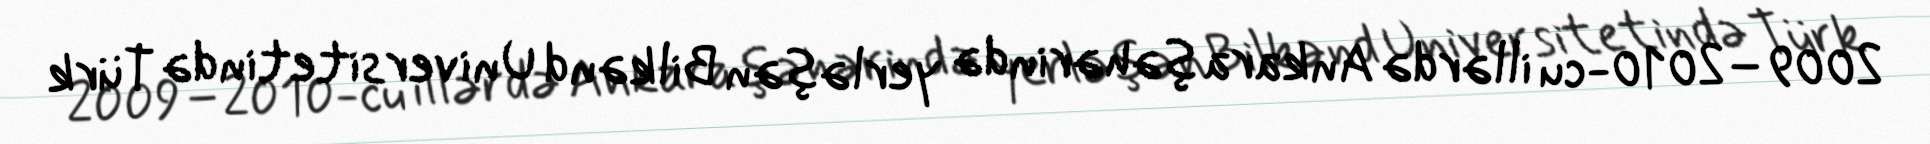
2009–2010-cu illərdə Ankara şəhərində yerləşən Bilkənd Universitetində Türk